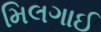
મિલગાઈ